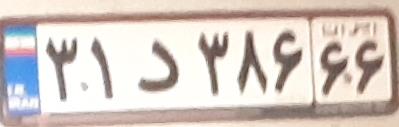
۳۱د۳۸۶۶۶